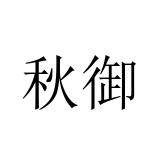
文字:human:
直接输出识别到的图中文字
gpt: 秋御